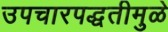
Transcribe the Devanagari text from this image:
उपचारपद्धतीमुळे